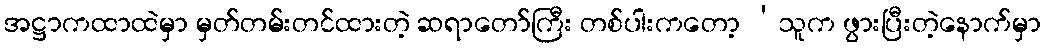
အဋ္ဌာကထာထဲမှာ မှတ်တမ်းတင်ထားတဲ့ ဆရာတော်ကြီး တစ်ပါးကတော့ ‘သူက ဖွားပြီးတဲ့နောက်မှာ